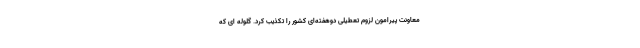
معاونت پیرامون لزوم تعطیلی دوهفته‌ای کشور را تکذیب کرد. گلوله ای که